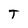
Character: T